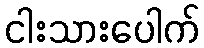
ငါးသားပေါက်